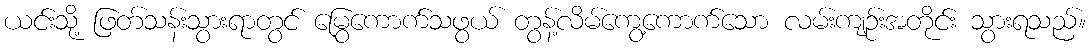
ယင်းသို့ ဖြတ်သန်းသွားရာတွင် မြွေကောက်သဖွယ် တွန့်လိမ်ကွေ့ကောက်သော လမ်းကျဉ်းအတိုင်း သွားရသည်။